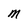
Character: M